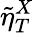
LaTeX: \tilde{\eta}_{T}^{X}